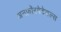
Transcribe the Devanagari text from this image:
अनफ़ॉरगेटेबल्स